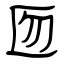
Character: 匢